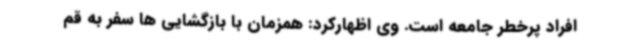
افراد پرخطر جامعه است. وی اظهارکرد: همزمان با بازگشایی ها سفر به قم